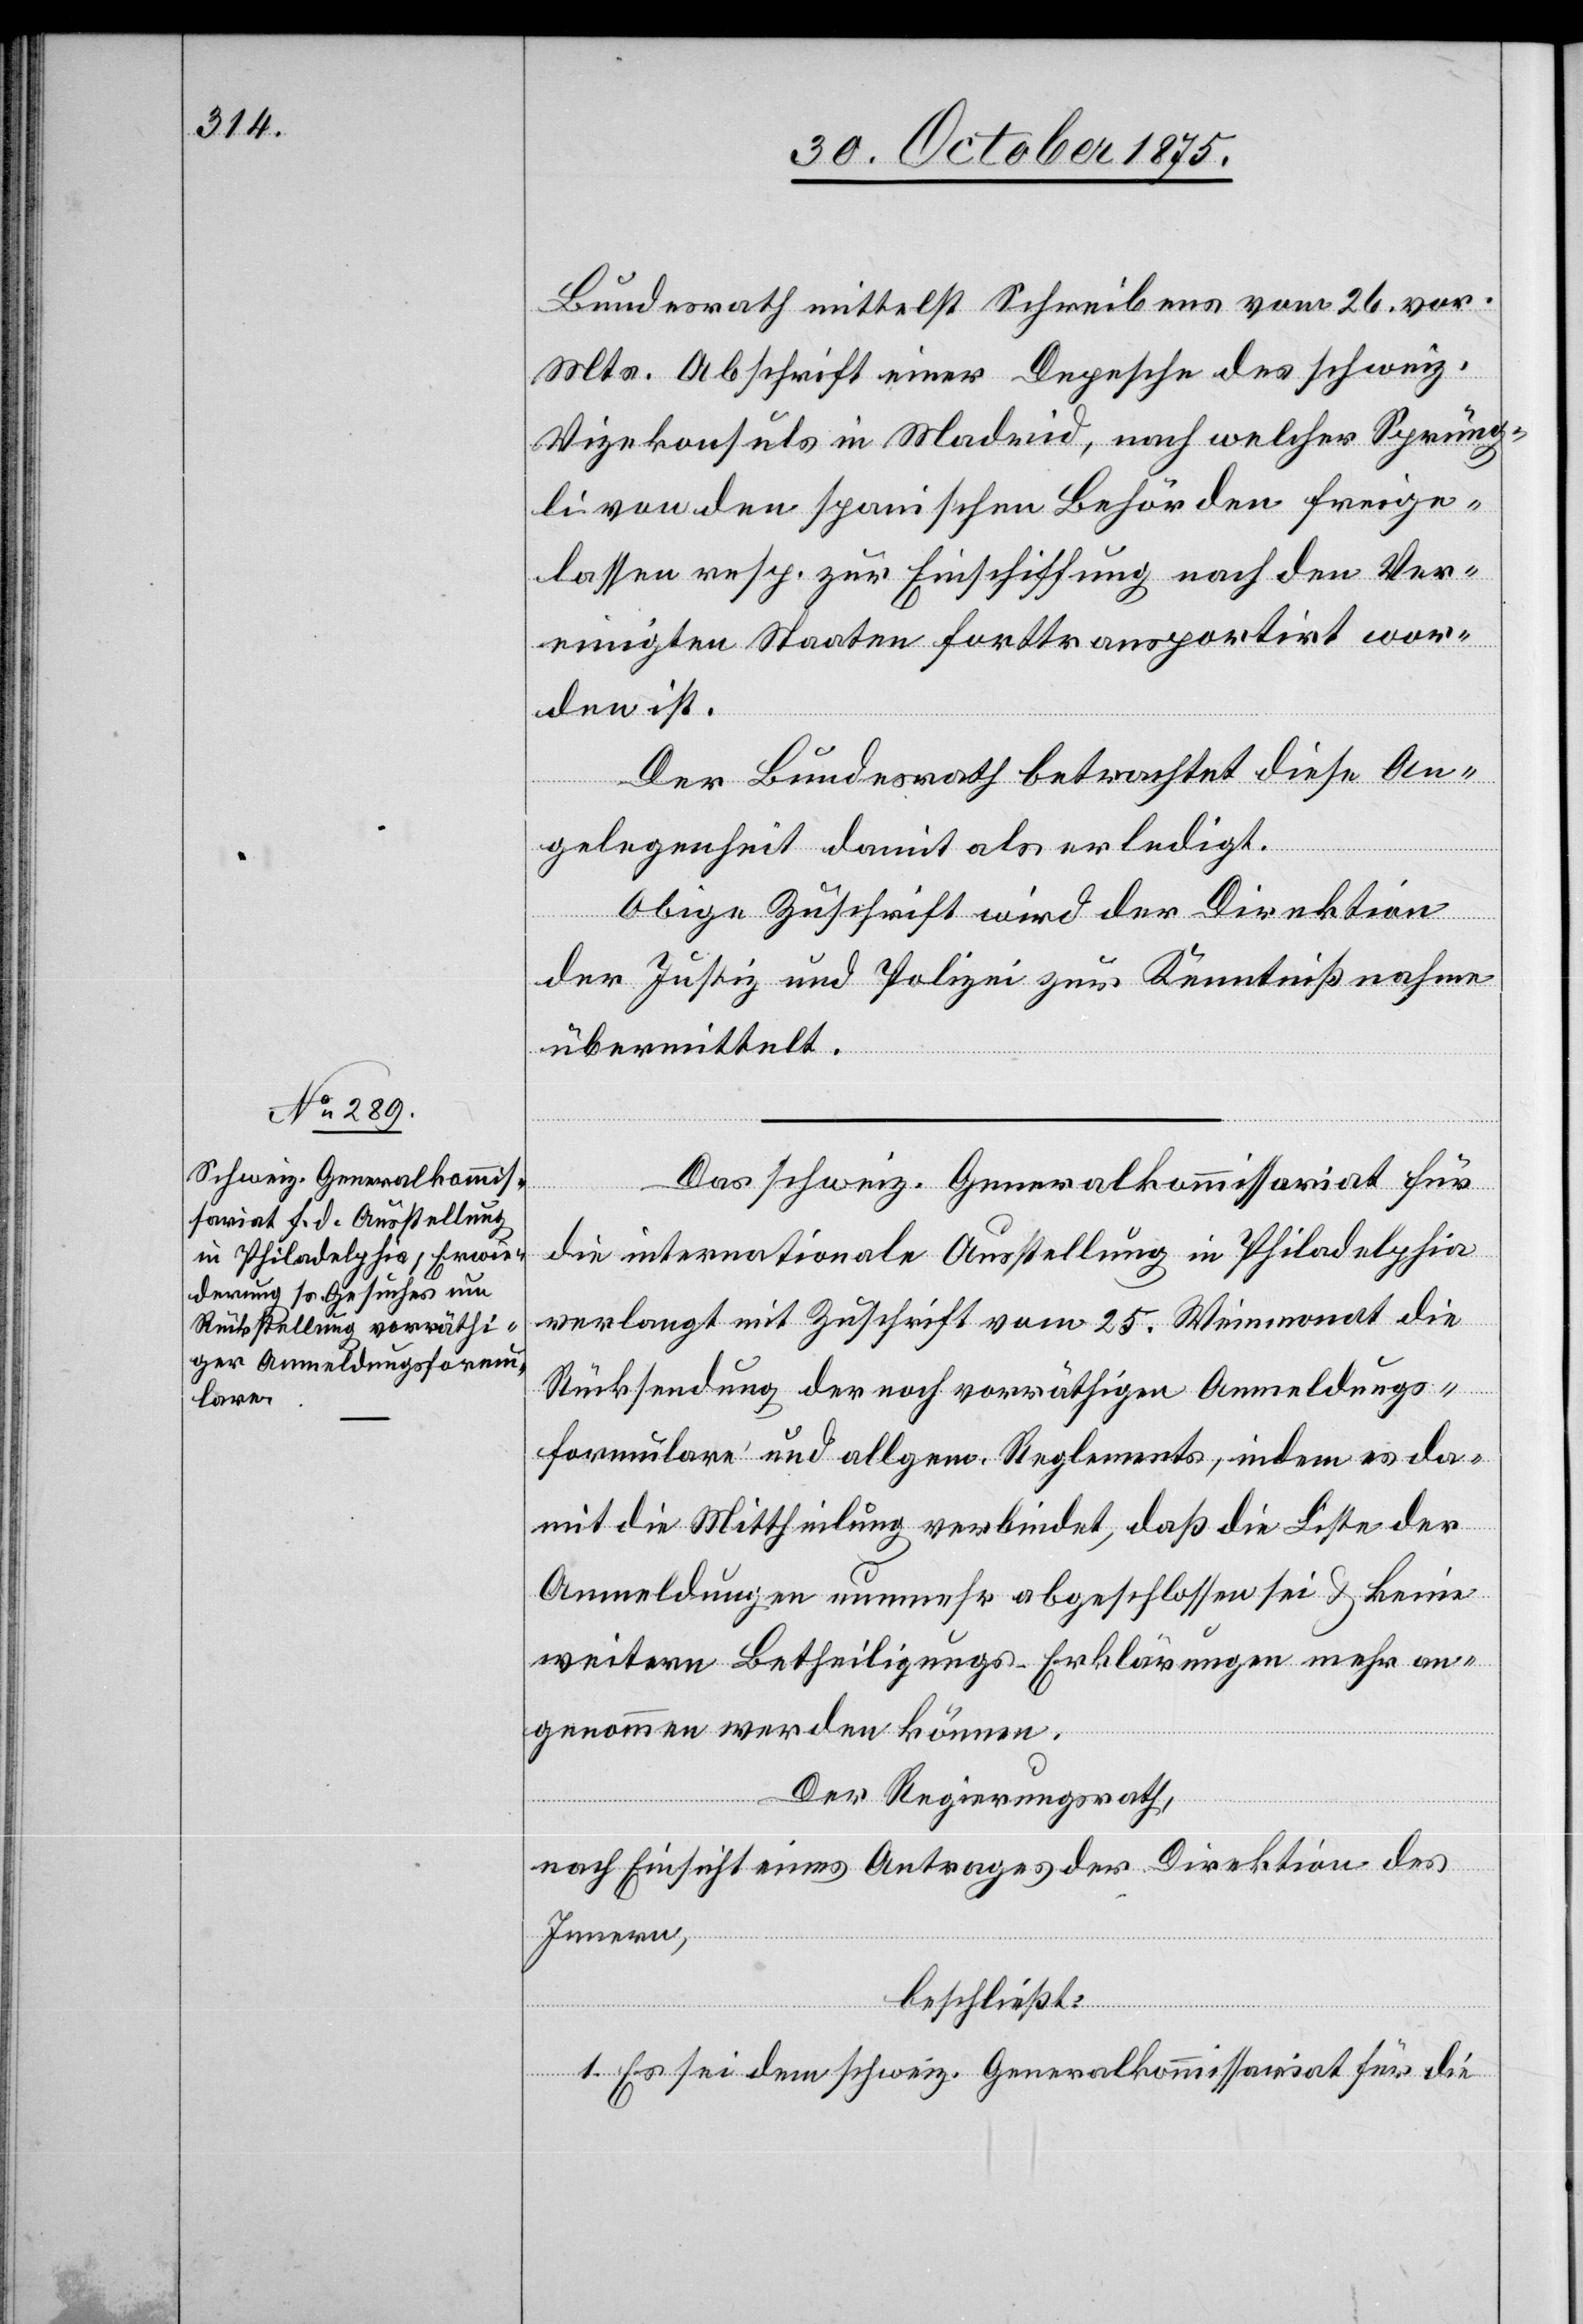
3. November 1875.]
Bundesrath mittelst Schreibens vom 26. vor.
Mts. Abschrift einer Depesche des schweiz.
Vizekonsuls in Madrid, nach welcher Sprüng¬
li von den spanischen Behörden freige¬
lassen resp. zur Einschiffung nach den Ver¬
einigten Staaten forttransportirt wor¬
den ist.
Der Bundesrath betrachtet diese An¬
gelegenheit damit als erledigt.
Obige Zuschrift wird der Direktion
der Justiz und Polizei zur Kenntnißnahme
übermittelt.
Das schweiz. Generalkommissariat für
die internationale Ausstellung in Philadelphia
verlangt mit Zuschrift vom 25. Weinmonat die
Rücksendung der noch vorräthigen Anmeldungs¬
formulare und allgem. Reglements, indem es da¬
mit die Mittheilung verbindet, daß die Liste der
Anmeldungen nunmehr abgeschlossen sei & keine
weitern Betheiligungs-Erklärungen mehr an¬
genommen werden können.
Der Regierungsrath,
nach Einsicht eines Antrages der Direktion des
Innern,
beschließt:
1. Es sei dem schweiz. Generalkommissariat für die